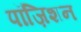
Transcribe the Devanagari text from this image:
पॉज़िशन